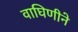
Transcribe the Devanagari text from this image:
वाघिणीने